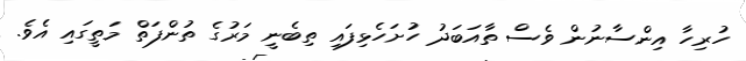
ހުރިހާ އިންސާނުން ވެސް ތާއަބަދު ހުށަހެޅިފައި ތިބެނީ މަރުގެ ތުންފަތް މަތީގައި އެވެ.